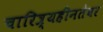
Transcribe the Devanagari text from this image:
चारित्र्यहीनतेवर